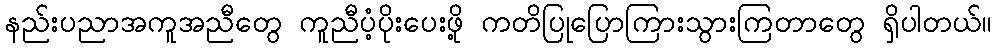
နည်းပညာအကူအညီတွေ ကူညီပံ့ပိုးပေးဖို့ ကတိပြုပြောကြားသွားကြတာတွေ ရှိပါတယ်။